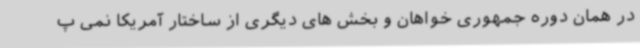
در همان دوره جمهوری خواهان و بخش های دیگری از ساختار آمریکا نمی پ